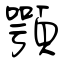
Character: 顎